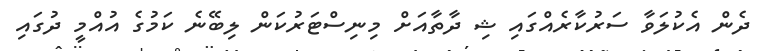
ދެން އެކުލަވާ ސަރުކާރެއްގައި ޝި ދާތާއަށް މިނިސްޓަރުކަން ލިބޭނެ ކަމުގެ އުއްމީ ދުގައި